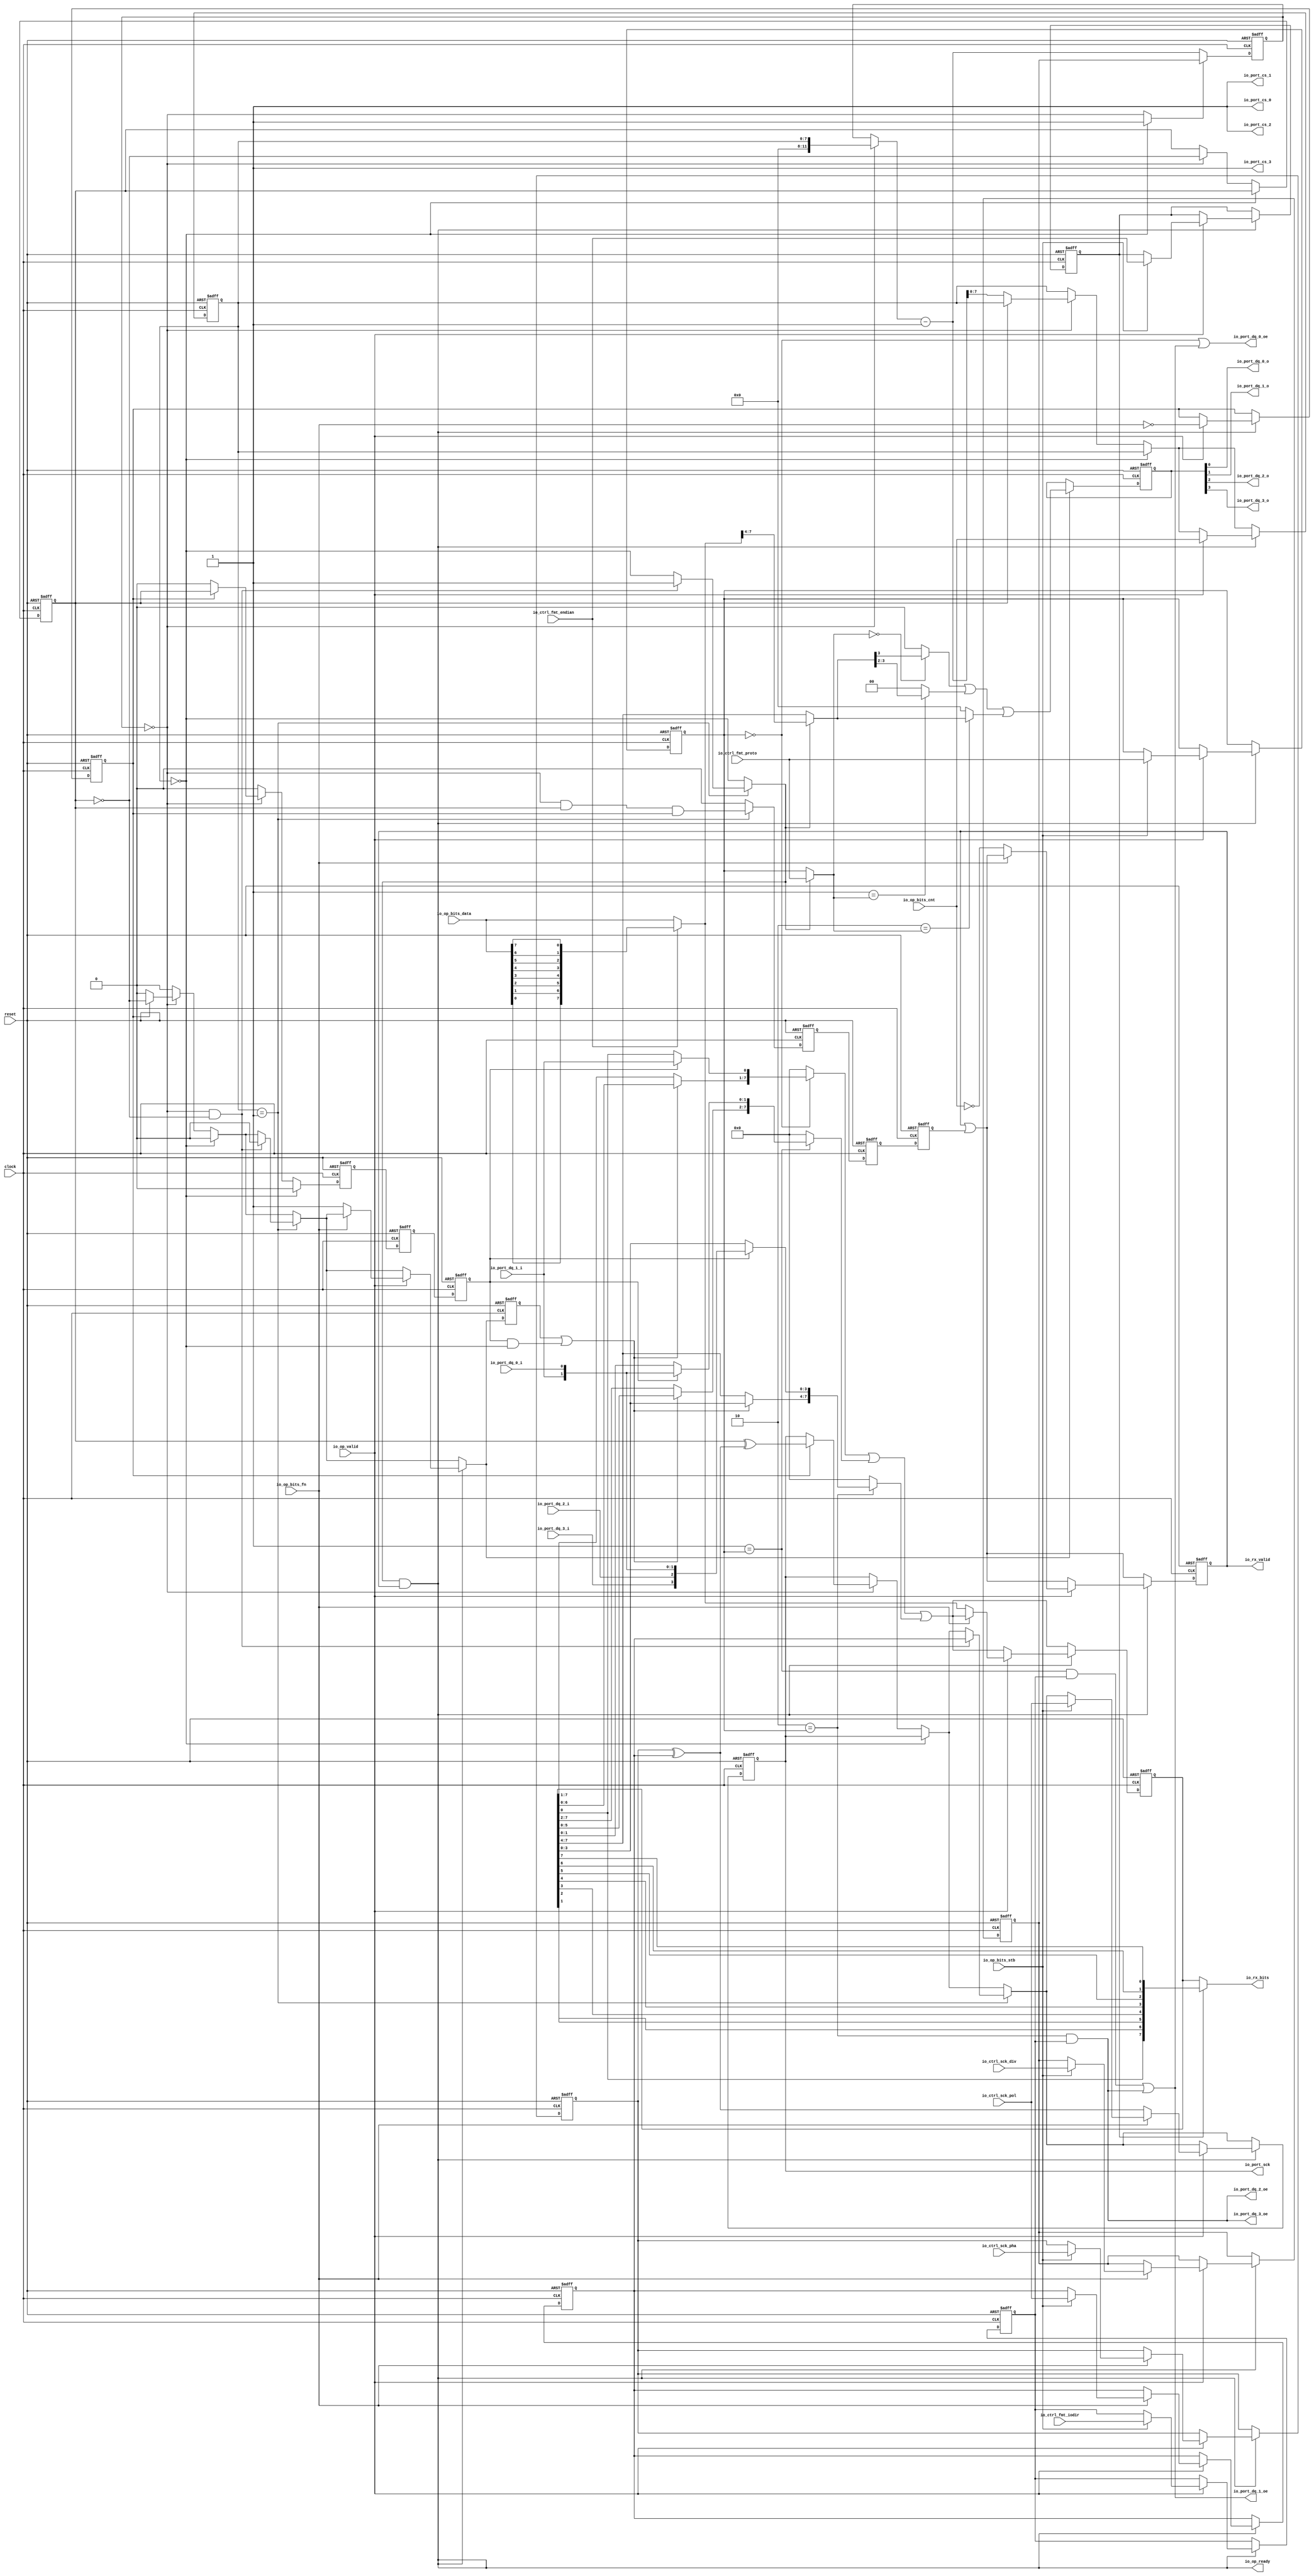
 /*                                                                      
 Copyright 2017 Silicon Integrated Microelectronics, Inc.                
                                                                         
 Licensed under the Apache License, Version 2.0 (the "License");         
 you may not use this file except in compliance with the License.        
 You may obtain a copy of the License at                                 
                                                                         
     http://www.apache.org/licenses/LICENSE-2.0                          
                                                                         
  Unless required by applicable law or agreed to in writing, software    
 distributed under the License is distributed on an "AS IS" BASIS,       
 WITHOUT WARRANTIES OR CONDITIONS OF ANY KIND, either express or implied.
 See the License for the specific language governing permissions and     
 limitations under the License.                                          
 */                                                                      
                                                                         
                                                                         
                                                                         

module sirv_qspi_physical_1(
  input   clock,
  input   reset,
  output  io_port_sck,
  input   io_port_dq_0_i,
  output  io_port_dq_0_o,
  output  io_port_dq_0_oe,
  input   io_port_dq_1_i,
  output  io_port_dq_1_o,
  output  io_port_dq_1_oe,
  input   io_port_dq_2_i,
  output  io_port_dq_2_o,
  output  io_port_dq_2_oe,
  input   io_port_dq_3_i,
  output  io_port_dq_3_o,
  output  io_port_dq_3_oe,
  output  io_port_cs_0,
  output  io_port_cs_1,
  output  io_port_cs_2,
  output  io_port_cs_3,
  input  [11:0] io_ctrl_sck_div,
  input   io_ctrl_sck_pol,
  input   io_ctrl_sck_pha,
  input  [1:0] io_ctrl_fmt_proto,
  input   io_ctrl_fmt_endian,
  input   io_ctrl_fmt_iodir,
  output  io_op_ready,
  input   io_op_valid,
  input   io_op_bits_fn,
  input   io_op_bits_stb,
  input  [7:0] io_op_bits_cnt,
  input  [7:0] io_op_bits_data,
  output  io_rx_valid,
  output [7:0] io_rx_bits
);
  reg [11:0] ctrl_sck_div;
  reg [31:0] GEN_2;
  reg  ctrl_sck_pol;
  reg [31:0] GEN_31;
  reg  ctrl_sck_pha;
  reg [31:0] GEN_52;
  reg [1:0] ctrl_fmt_proto;
  reg [31:0] GEN_67;
  reg  ctrl_fmt_endian;
  reg [31:0] GEN_68;
  reg  ctrl_fmt_iodir;
  reg [31:0] GEN_69;
  wire  proto_0;
  wire  proto_1;
  wire  proto_2;
  wire  accept;
  wire  sample;
  wire  setup;
  wire  last;
  reg  setup_d;
  reg [31:0] GEN_70;
  reg  T_119;
  reg [31:0] GEN_71;
  reg  T_120;
  reg [31:0] GEN_72;
  reg  sample_d;
  reg [31:0] GEN_73;
  reg  T_122;
  reg [31:0] GEN_74;
  reg  T_123;
  reg [31:0] GEN_75;
  reg  last_d;
  reg [31:0] GEN_76;
  reg [7:0] scnt;
  reg [31:0] GEN_77;
  reg [11:0] tcnt;
  reg [31:0] GEN_78;
  wire  stop;
  wire  beat;
  wire [11:0] T_127;
  wire [12:0] T_129;
  wire [11:0] decr;
  wire  sched;
  wire [11:0] T_130;
  reg  sck;
  reg [31:0] GEN_79;
  reg  cref;
  reg [31:0] GEN_80;
  wire  cinv;
  wire [1:0] T_133;
  wire [1:0] T_134;
  wire [3:0] rxd;
  wire  samples_0;
  wire [1:0] samples_1;
  reg [7:0] buffer;
  reg [31:0] GEN_81;
  wire  T_135;
  wire  T_136;
  wire  T_137;
  wire  T_138;
  wire  T_139;
  wire  T_140;
  wire  T_141;
  wire  T_142;
  wire  T_143;
  wire [1:0] T_144;
  wire [1:0] T_145;
  wire [3:0] T_146;
  wire [1:0] T_147;
  wire [1:0] T_148;
  wire [3:0] T_149;
  wire [7:0] T_150;
  wire [7:0] buffer_in;
  wire  T_151;
  wire  shift;
  wire [6:0] T_152;
  wire [6:0] T_153;
  wire [6:0] T_154;
  wire  T_155;
  wire  T_157;
  wire [7:0] T_158;
  wire [5:0] T_159;
  wire [5:0] T_160;
  wire [5:0] T_161;
  wire [1:0] T_162;
  wire [1:0] T_163;
  wire [7:0] T_164;
  wire [3:0] T_165;
  wire [3:0] T_166;
  wire [3:0] T_167;
  wire [3:0] T_169;
  wire [7:0] T_170;
  wire [7:0] T_172;
  wire [7:0] T_174;
  wire [7:0] T_176;
  wire [7:0] T_178;
  wire [7:0] T_179;
  wire [7:0] T_180;
  reg [3:0] txd;
  reg [31:0] GEN_82;
  wire [3:0] T_182;
  wire [3:0] txd_in;
  wire [1:0] T_184;
  wire  txd_sel_0;
  wire  txd_sel_1;
  wire  txd_sel_2;
  wire  txd_shf_0;
  wire [1:0] txd_shf_1;
  wire  T_186;
  wire [1:0] T_188;
  wire [3:0] T_190;
  wire [1:0] GEN_65;
  wire [1:0] T_192;
  wire [3:0] GEN_66;
  wire [3:0] T_193;
  wire [3:0] T_194;
  wire [3:0] GEN_0;
  wire  T_195;
  wire  T_196;
  wire  txen_1;
  wire  txen_0;
  wire  T_208_0;
  wire  T_208_1;
  wire  T_208_2;
  wire  T_208_3;
  wire  T_215;
  wire  T_216;
  wire  T_217;
  wire  T_218;
  reg  done;
  reg [31:0] GEN_83;
  wire  T_221;
  wire  T_222;
  wire  T_224;
  wire  T_225;
  wire  T_226;
  wire  T_227;
  wire  T_228;
  wire  T_229;
  wire  T_230;
  wire [1:0] T_231;
  wire [1:0] T_232;
  wire [3:0] T_233;
  wire [1:0] T_234;
  wire [1:0] T_235;
  wire [3:0] T_236;
  wire [7:0] T_237;
  wire [7:0] T_238;
  reg  xfr;
  reg [31:0] GEN_84;
  wire  GEN_1;
  wire  T_243;
  wire  T_245;
  wire  T_246;
  wire  GEN_3;
  wire  GEN_4;
  wire  GEN_5;
  wire [11:0] GEN_6;
  wire  GEN_7;
  wire  GEN_8;
  wire  GEN_9;
  wire  GEN_10;
  wire [11:0] GEN_11;
  wire  GEN_12;
  wire  GEN_13;
  wire  GEN_14;
  wire  GEN_15;
  wire [11:0] GEN_16;
  wire  T_252;
  wire  T_253;
  wire  T_254;
  wire  T_257;
  wire  GEN_17;
  wire  GEN_18;
  wire  GEN_19;
  wire  GEN_20;
  wire  GEN_21;
  wire  GEN_22;
  wire  GEN_23;
  wire  T_260;
  wire [1:0] GEN_24;
  wire  GEN_25;
  wire  GEN_26;
  wire  T_263;
  wire  T_266;
  wire [7:0] GEN_27;
  wire  GEN_28;
  wire  GEN_29;
  wire  GEN_30;
  wire  GEN_32;
  wire [11:0] GEN_33;
  wire  GEN_34;
  wire  GEN_35;
  wire  GEN_36;
  wire [11:0] GEN_37;
  wire  GEN_38;
  wire  GEN_39;
  wire [11:0] GEN_40;
  wire [1:0] GEN_41;
  wire  GEN_42;
  wire  GEN_43;
  wire  GEN_44;
  wire [7:0] GEN_45;
  wire  GEN_46;
  wire  GEN_47;
  wire  GEN_48;
  wire [11:0] GEN_49;
  wire  GEN_50;
  wire  GEN_51;
  wire [11:0] GEN_53;
  wire [1:0] GEN_54;
  wire  GEN_55;
  wire  GEN_56;
  wire  GEN_57;
  wire [7:0] GEN_58;
  wire  GEN_59;
  wire  GEN_60;
  wire  GEN_61;
  wire [11:0] GEN_62;
  wire  GEN_63;
  wire  GEN_64;
  assign io_port_sck = sck;
  assign io_port_dq_0_o = T_215;
  assign io_port_dq_0_oe = txen_0;
  assign io_port_dq_1_o = T_216;
  assign io_port_dq_1_oe = txen_1;
  assign io_port_dq_2_o = T_217;
  assign io_port_dq_2_oe = T_196;
  assign io_port_dq_3_o = T_218;
  assign io_port_dq_3_oe = io_port_dq_2_oe;
  assign io_port_cs_0 = T_208_0;
  assign io_port_cs_1 = T_208_1;
  assign io_port_cs_2 = T_208_2;
  assign io_port_cs_3 = T_208_3;
  assign io_op_ready = T_260;
  assign io_rx_valid = done;
  assign io_rx_bits = T_238;
  assign proto_0 = 2'h0 == ctrl_fmt_proto;
  assign proto_1 = 2'h1 == ctrl_fmt_proto;
  assign proto_2 = 2'h2 == ctrl_fmt_proto;
  assign accept = GEN_21;
  assign sample = GEN_14;
  assign setup = GEN_60;
  assign last = GEN_20;
  assign stop = scnt == 8'h0;
  assign beat = tcnt == 12'h0;
  assign T_127 = beat ? {{4'd0}, scnt} : tcnt;
  assign T_129 = T_127 - 12'h1;
  assign decr = T_129[11:0];
  assign sched = GEN_1;
  assign T_130 = sched ? ctrl_sck_div : decr;
  assign cinv = ctrl_sck_pha ^ ctrl_sck_pol;
  assign T_133 = {io_port_dq_1_i,io_port_dq_0_i};
  assign T_134 = {io_port_dq_3_i,io_port_dq_2_i};
  assign rxd = {T_134,T_133};
  assign samples_0 = rxd[1];
  assign samples_1 = rxd[1:0];
  assign T_135 = io_ctrl_fmt_endian == 1'h0;
  assign T_136 = io_op_bits_data[0];
  assign T_137 = io_op_bits_data[1];
  assign T_138 = io_op_bits_data[2];
  assign T_139 = io_op_bits_data[3];
  assign T_140 = io_op_bits_data[4];
  assign T_141 = io_op_bits_data[5];
  assign T_142 = io_op_bits_data[6];
  assign T_143 = io_op_bits_data[7];
  assign T_144 = {T_142,T_143};
  assign T_145 = {T_140,T_141};
  assign T_146 = {T_145,T_144};
  assign T_147 = {T_138,T_139};
  assign T_148 = {T_136,T_137};
  assign T_149 = {T_148,T_147};
  assign T_150 = {T_149,T_146};
  assign buffer_in = T_135 ? io_op_bits_data : T_150;
  assign T_151 = sample_d & stop;
  assign shift = setup_d | T_151;
  assign T_152 = buffer[6:0];
  assign T_153 = buffer[7:1];
  assign T_154 = shift ? T_152 : T_153;
  assign T_155 = buffer[0];
  assign T_157 = sample_d ? samples_0 : T_155;
  assign T_158 = {T_154,T_157};
  assign T_159 = buffer[5:0];
  assign T_160 = buffer[7:2];
  assign T_161 = shift ? T_159 : T_160;
  assign T_162 = buffer[1:0];
  assign T_163 = sample_d ? samples_1 : T_162;
  assign T_164 = {T_161,T_163};
  assign T_165 = buffer[3:0];
  assign T_166 = buffer[7:4];
  assign T_167 = shift ? T_165 : T_166;
  assign T_169 = sample_d ? rxd : T_165;
  assign T_170 = {T_167,T_169};
  assign T_172 = proto_0 ? T_158 : 8'h0;
  assign T_174 = proto_1 ? T_164 : 8'h0;
  assign T_176 = proto_2 ? T_170 : 8'h0;
  assign T_178 = T_172 | T_174;
  assign T_179 = T_178 | T_176;
  assign T_180 = T_179;
  assign T_182 = buffer_in[7:4];
  assign txd_in = accept ? T_182 : T_166;
  assign T_184 = accept ? io_ctrl_fmt_proto : ctrl_fmt_proto;
  assign txd_sel_0 = 2'h0 == T_184;
  assign txd_sel_1 = 2'h1 == T_184;
  assign txd_sel_2 = 2'h2 == T_184;
  assign txd_shf_0 = txd_in[3];
  assign txd_shf_1 = txd_in[3:2];
  assign T_186 = txd_sel_0 ? txd_shf_0 : 1'h0;
  assign T_188 = txd_sel_1 ? txd_shf_1 : 2'h0;
  assign T_190 = txd_sel_2 ? txd_in : 4'h0;
  assign GEN_65 = {{1'd0}, T_186};
  assign T_192 = GEN_65 | T_188;
  assign GEN_66 = {{2'd0}, T_192};
  assign T_193 = GEN_66 | T_190;
  assign T_194 = T_193;
  assign GEN_0 = setup ? T_194 : txd;
  assign T_195 = proto_1 & ctrl_fmt_iodir;
  assign T_196 = proto_2 & ctrl_fmt_iodir;
  assign txen_1 = T_195 | T_196;
  assign txen_0 = proto_0 | txen_1;
  assign T_208_0 = 1'h1;
  assign T_208_1 = 1'h1;
  assign T_208_2 = 1'h1;
  assign T_208_3 = 1'h1;
  assign T_215 = txd[0];
  assign T_216 = txd[1];
  assign T_217 = txd[2];
  assign T_218 = txd[3];
  assign T_221 = done | last_d;
  assign T_222 = ctrl_fmt_endian == 1'h0;
  assign T_224 = buffer[1];
  assign T_225 = buffer[2];
  assign T_226 = buffer[3];
  assign T_227 = buffer[4];
  assign T_228 = buffer[5];
  assign T_229 = buffer[6];
  assign T_230 = buffer[7];
  assign T_231 = {T_229,T_230};
  assign T_232 = {T_227,T_228};
  assign T_233 = {T_232,T_231};
  assign T_234 = {T_225,T_226};
  assign T_235 = {T_155,T_224};
  assign T_236 = {T_235,T_234};
  assign T_237 = {T_236,T_233};
  assign T_238 = T_222 ? buffer : T_237;
  assign GEN_1 = stop ? 1'h1 : beat;
  assign T_243 = stop == 1'h0;
  assign T_245 = cref == 1'h0;
  assign T_246 = cref ^ cinv;
  assign GEN_3 = xfr ? T_246 : sck;
  assign GEN_4 = xfr ? cref : 1'h0;
  assign GEN_5 = xfr ? T_245 : 1'h0;
  assign GEN_6 = T_245 ? decr : {{4'd0}, scnt};
  assign GEN_7 = beat ? T_245 : cref;
  assign GEN_8 = beat ? GEN_3 : sck;
  assign GEN_9 = beat ? GEN_4 : 1'h0;
  assign GEN_10 = beat ? GEN_5 : 1'h0;
  assign GEN_11 = beat ? GEN_6 : {{4'd0}, scnt};
  assign GEN_12 = T_243 ? GEN_7 : cref;
  assign GEN_13 = T_243 ? GEN_8 : sck;
  assign GEN_14 = T_243 ? GEN_9 : 1'h0;
  assign GEN_15 = T_243 ? GEN_10 : 1'h0;
  assign GEN_16 = T_243 ? GEN_11 : {{4'd0}, scnt};
  assign T_252 = scnt == 8'h1;
  assign T_253 = beat & cref;
  assign T_254 = T_253 & xfr;
  assign T_257 = beat & T_245;
  assign GEN_17 = T_257 ? 1'h1 : stop;
  assign GEN_18 = T_257 ? 1'h0 : GEN_15;
  assign GEN_19 = T_257 ? ctrl_sck_pol : GEN_13;
  assign GEN_20 = T_252 ? T_254 : 1'h0;
  assign GEN_21 = T_252 ? GEN_17 : stop;
  assign GEN_22 = T_252 ? GEN_18 : GEN_15;
  assign GEN_23 = T_252 ? GEN_19 : GEN_13;
  assign T_260 = accept & done;
  assign GEN_24 = io_op_bits_stb ? io_ctrl_fmt_proto : ctrl_fmt_proto;
  assign GEN_25 = io_op_bits_stb ? io_ctrl_fmt_endian : ctrl_fmt_endian;
  assign GEN_26 = io_op_bits_stb ? io_ctrl_fmt_iodir : ctrl_fmt_iodir;
  assign T_263 = 1'h0 == io_op_bits_fn;
  assign T_266 = io_op_bits_cnt == 8'h0;
  assign GEN_27 = T_263 ? buffer_in : T_180;
  assign GEN_28 = T_263 ? cinv : GEN_23;
  assign GEN_29 = T_263 ? 1'h1 : GEN_22;
  assign GEN_30 = T_263 ? T_266 : T_221;
  assign GEN_32 = io_op_bits_stb ? io_ctrl_sck_pol : GEN_28;
  assign GEN_33 = io_op_bits_stb ? io_ctrl_sck_div : ctrl_sck_div;
  assign GEN_34 = io_op_bits_stb ? io_ctrl_sck_pol : ctrl_sck_pol;
  assign GEN_35 = io_op_bits_stb ? io_ctrl_sck_pha : ctrl_sck_pha;
  assign GEN_36 = io_op_bits_fn ? GEN_32 : GEN_28;
  assign GEN_37 = io_op_bits_fn ? GEN_33 : ctrl_sck_div;
  assign GEN_38 = io_op_bits_fn ? GEN_34 : ctrl_sck_pol;
  assign GEN_39 = io_op_bits_fn ? GEN_35 : ctrl_sck_pha;
  assign GEN_40 = io_op_valid ? {{4'd0}, io_op_bits_cnt} : GEN_16;
  assign GEN_41 = io_op_valid ? GEN_24 : ctrl_fmt_proto;
  assign GEN_42 = io_op_valid ? GEN_25 : ctrl_fmt_endian;
  assign GEN_43 = io_op_valid ? GEN_26 : ctrl_fmt_iodir;
  assign GEN_44 = io_op_valid ? T_263 : xfr;
  assign GEN_45 = io_op_valid ? GEN_27 : T_180;
  assign GEN_46 = io_op_valid ? GEN_36 : GEN_23;
  assign GEN_47 = io_op_valid ? GEN_29 : GEN_22;
  assign GEN_48 = io_op_valid ? GEN_30 : T_221;
  assign GEN_49 = io_op_valid ? GEN_37 : ctrl_sck_div;
  assign GEN_50 = io_op_valid ? GEN_38 : ctrl_sck_pol;
  assign GEN_51 = io_op_valid ? GEN_39 : ctrl_sck_pha;
  assign GEN_53 = T_260 ? GEN_40 : GEN_16;
  assign GEN_54 = T_260 ? GEN_41 : ctrl_fmt_proto;
  assign GEN_55 = T_260 ? GEN_42 : ctrl_fmt_endian;
  assign GEN_56 = T_260 ? GEN_43 : ctrl_fmt_iodir;
  assign GEN_57 = T_260 ? GEN_44 : xfr;
  assign GEN_58 = T_260 ? GEN_45 : T_180;
  assign GEN_59 = T_260 ? GEN_46 : GEN_23;
  assign GEN_60 = T_260 ? GEN_47 : GEN_22;
  assign GEN_61 = T_260 ? GEN_48 : T_221;
  assign GEN_62 = T_260 ? GEN_49 : ctrl_sck_div;
  assign GEN_63 = T_260 ? GEN_50 : ctrl_sck_pol;
  assign GEN_64 = T_260 ? GEN_51 : ctrl_sck_pha;

  always @(posedge clock or posedge reset)
  if (reset) begin
    ctrl_sck_div <= 12'b0;
    ctrl_sck_pol <= 1'b0;
    ctrl_sck_pha <= 1'b0;
    ctrl_fmt_proto <= 2'b0;
    ctrl_fmt_endian <= 1'b0;
    ctrl_fmt_iodir <= 1'b0;
    setup_d <= 1'b0;
    tcnt <= 12'b0;
    sck <= 1'b0;
    buffer <= 8'b0;
    xfr <= 1'b0;
  end
  else begin
    if (T_260) begin
      if (io_op_valid) begin
        if (io_op_bits_fn) begin
          if (io_op_bits_stb) begin
            ctrl_sck_div <= io_ctrl_sck_div;
          end
        end
      end
    end
    if (T_260) begin
      if (io_op_valid) begin
        if (io_op_bits_fn) begin
          if (io_op_bits_stb) begin
            ctrl_sck_pol <= io_ctrl_sck_pol;
          end
        end
      end
    end
    if (T_260) begin
      if (io_op_valid) begin
        if (io_op_bits_fn) begin
          if (io_op_bits_stb) begin
            ctrl_sck_pha <= io_ctrl_sck_pha;
          end
        end
      end
    end
    if (T_260) begin
      if (io_op_valid) begin
        if (io_op_bits_stb) begin
          ctrl_fmt_proto <= io_ctrl_fmt_proto;
        end
      end
    end
    if (T_260) begin
      if (io_op_valid) begin
        if (io_op_bits_stb) begin
          ctrl_fmt_endian <= io_ctrl_fmt_endian;
        end
      end
    end
    if (T_260) begin
      if (io_op_valid) begin
        if (io_op_bits_stb) begin
          ctrl_fmt_iodir <= io_ctrl_fmt_iodir;
        end
      end
    end
    setup_d <= setup;




    if (sched) begin
      tcnt <= ctrl_sck_div;
    end else begin
      tcnt <= decr;
    end
    if (T_260) begin
      if (io_op_valid) begin
        if (io_op_bits_fn) begin
          if (io_op_bits_stb) begin
            sck <= io_ctrl_sck_pol;
          end else begin
            if (T_263) begin
              sck <= cinv;
            end else begin
              if (T_252) begin
                if (T_257) begin
                  sck <= ctrl_sck_pol;
                end else begin
                  if (T_243) begin
                    if (beat) begin
                      if (xfr) begin
                        sck <= T_246;
                      end
                    end
                  end
                end
              end else begin
                if (T_243) begin
                  if (beat) begin
                    if (xfr) begin
                      sck <= T_246;
                    end
                  end
                end
              end
            end
          end
        end else begin
          if (T_263) begin
            sck <= cinv;
          end else begin
            if (T_252) begin
              if (T_257) begin
                sck <= ctrl_sck_pol;
              end else begin
                if (T_243) begin
                  if (beat) begin
                    if (xfr) begin
                      sck <= T_246;
                    end
                  end
                end
              end
            end else begin
              if (T_243) begin
                if (beat) begin
                  if (xfr) begin
                    sck <= T_246;
                  end
                end
              end
            end
          end
        end
      end else begin
        if (T_252) begin
          if (T_257) begin
            sck <= ctrl_sck_pol;
          end else begin
            sck <= GEN_13;
          end
        end else begin
          sck <= GEN_13;
        end
      end
    end else begin
      if (T_252) begin
        if (T_257) begin
          sck <= ctrl_sck_pol;
        end else begin
          sck <= GEN_13;
        end
      end else begin
        sck <= GEN_13;
      end
    end



    if (T_260) begin
      if (io_op_valid) begin
        if (T_263) begin
          if (T_135) begin
            buffer <= io_op_bits_data;
          end else begin
            buffer <= T_150;
          end
        end else begin
          buffer <= T_180;
        end
      end else begin
        buffer <= T_180;
      end
    end else begin
      buffer <= T_180;
    end
    
    if (T_260) begin
      if (io_op_valid) begin
        xfr <= T_263;
      end
    end

  end


  always @(posedge clock or posedge reset)
    if (reset) begin
      cref <= 1'h1;
    end else begin
      if (T_243) begin
        if (beat) begin
          cref <= T_245;
        end
      end
    end


  always @(posedge clock or posedge reset)
    if (reset) begin
      txd <= 4'h0;
    end else begin
      if (setup) begin
        txd <= T_194;
      end
    end

  always @(posedge clock or posedge reset)
    if (reset) begin
      done <= 1'h1;
    end else begin
      if (T_260) begin
        if (io_op_valid) begin
          if (T_263) begin
            done <= T_266;
          end else begin
            done <= T_221;
          end
        end else begin
          done <= T_221;
        end
      end else begin
        done <= T_221;
      end
    end



  always @(posedge clock or posedge reset)
    if (reset) begin
      T_119 <= 1'h0;
    end else begin
      T_119 <= sample;
    end

  always @(posedge clock or posedge reset)
    if (reset) begin
      T_120 <= 1'h0;
    end else begin
      T_120 <= T_119;
    end

  always @(posedge clock or posedge reset)
    if (reset) begin
      sample_d <= 1'h0;
    end else begin
      sample_d <= T_120;
    end

  always @(posedge clock or posedge reset)
    if (reset) begin
      T_122 <= 1'h0;
    end else begin
      T_122 <= last;
    end

  always @(posedge clock or posedge reset)
    if (reset) begin
      T_123 <= 1'h0;
    end else begin
      T_123 <= T_122;
    end

  always @(posedge clock or posedge reset)
    if (reset) begin
      last_d <= 1'h0;
    end else begin
      last_d <= T_123;
    end

  always @(posedge clock or posedge reset)
    if (reset) begin
      scnt <= 8'h0;
    end else begin
      scnt <= GEN_53[7:0];
    end

endmodule